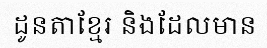
ដូនតាខ្មែរ និងដែលមាន